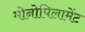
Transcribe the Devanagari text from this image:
मोनोपिलामेंट